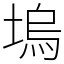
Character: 塢